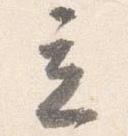
立